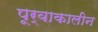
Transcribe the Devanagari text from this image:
पूर्वाकालीन